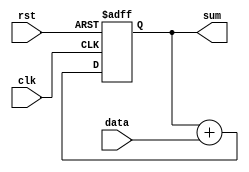
module accumulator (
    input wire clk,          // Clock input
    input wire rst,          // Reset input
    input wire [15:0] data,  // Input data to be accumulated
    output reg [31:0] sum    // Accumulated sum output
);

reg [31:0] acc_reg;  // Register to store the accumulated sum

always @(posedge clk or posedge rst)
begin
    if (rst)  // Reset accumulator
        acc_reg <= 32'b0;
    else  // Accumulate input data
        acc_reg <= acc_reg + {16'b0, data}; // Zero-extending data to 32-bit
end

assign sum = acc_reg;

endmodule